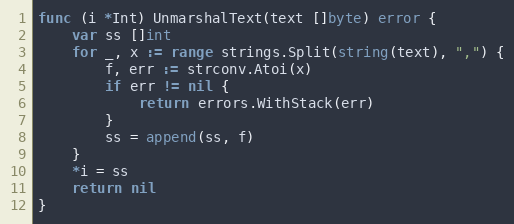
Language: Go
func (i *Int) UnmarshalText(text []byte) error {
	var ss []int
	for _, x := range strings.Split(string(text), ",") {
		f, err := strconv.Atoi(x)
		if err != nil {
			return errors.WithStack(err)
		}
		ss = append(ss, f)
	}
	*i = ss
	return nil
}